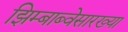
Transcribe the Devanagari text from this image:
झिम्बाब्वेसारख्या